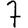
Digit: 7